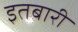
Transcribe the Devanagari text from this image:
इतबारी